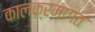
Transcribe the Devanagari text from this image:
कालक्रमागत